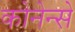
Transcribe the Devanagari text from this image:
कोनेन्से